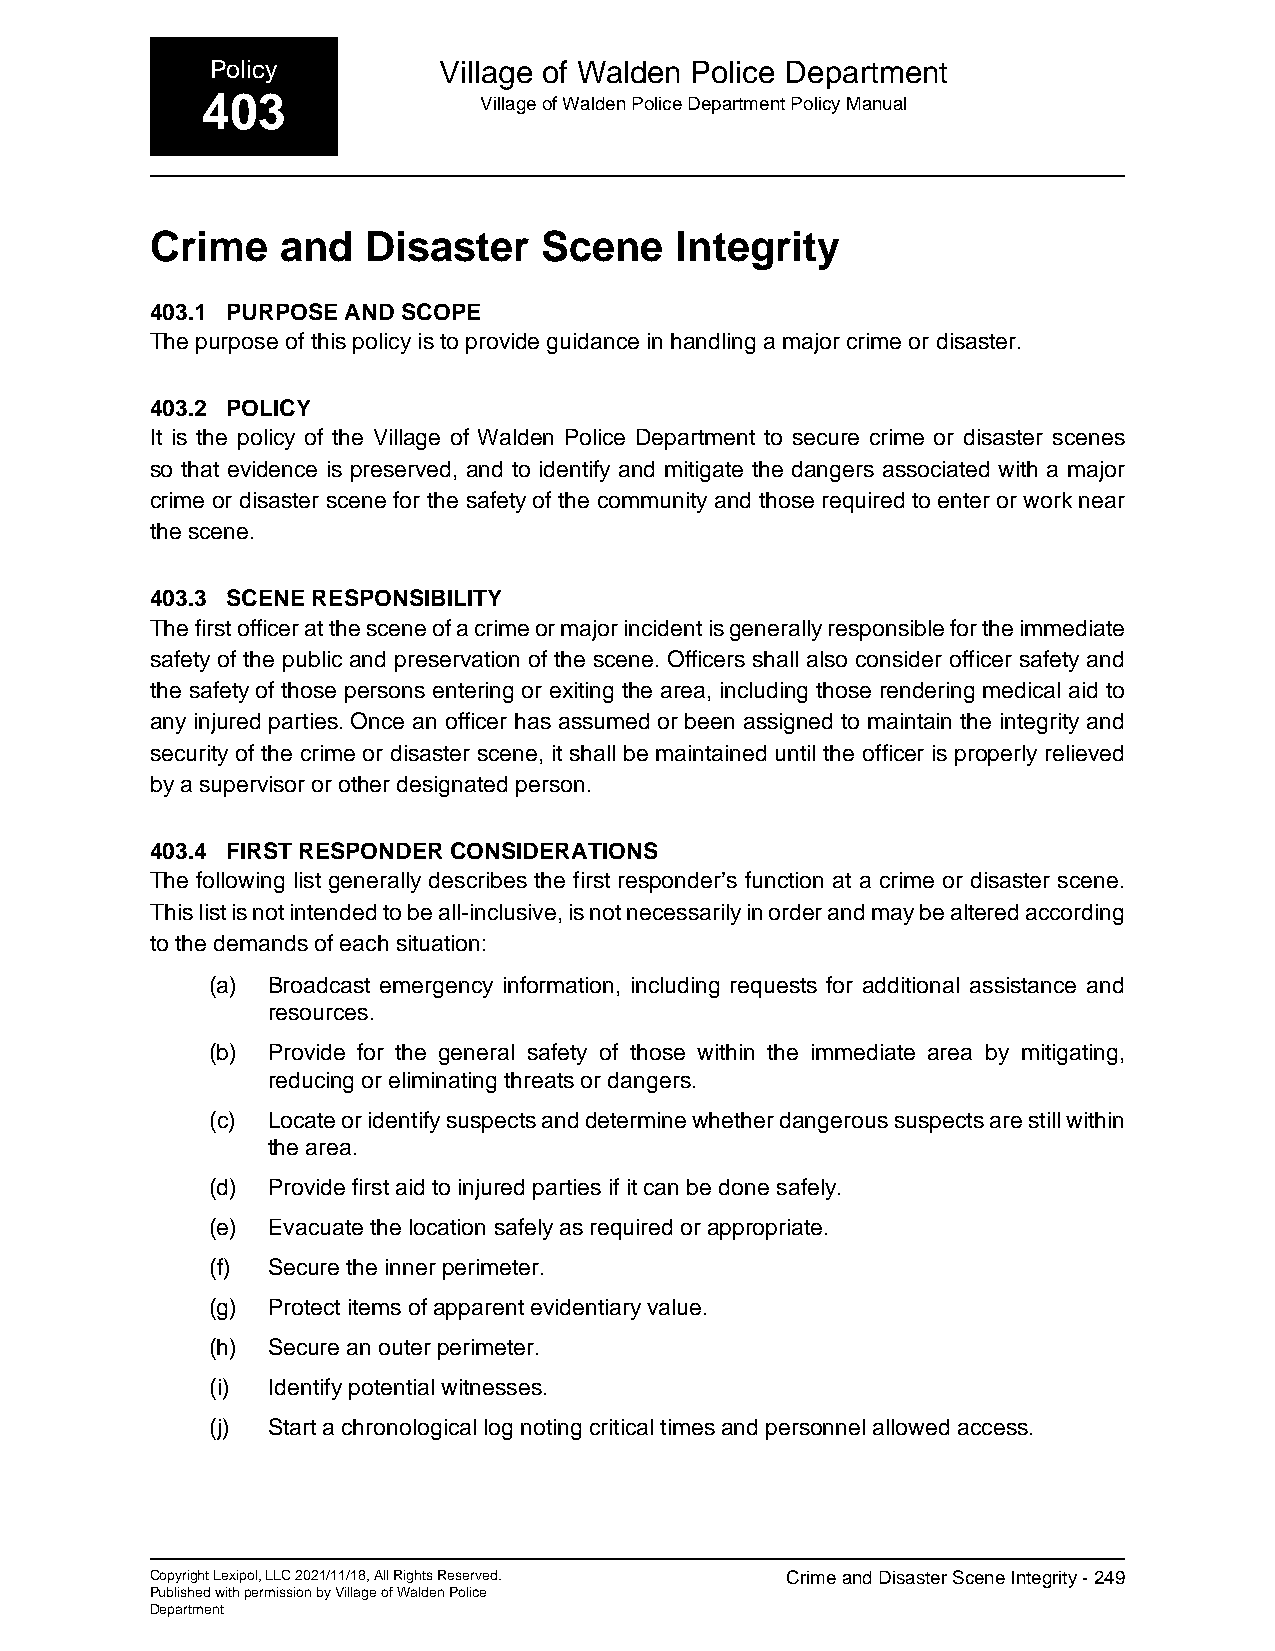
Policy         Village of Walden Police Department
 403                Village of Walden Police Department Policy Manual
 Crime    and  Disaster    Scene    Integrity
 403.1 PURPOSE AND SCOPE
 The purpose of this policy is to provide guidance in handling a major crime or disaster.
 403.2 POLICY
 It is the policy of the Village of Walden Police Department to secure crime or disaster scenes
 so that evidence is preserved, and to identify and mitigate the dangers associated with a major
 crime or disaster scene for the safety of the community and those required to enter or work near
 the scene.
 403.3 SCENE RESPONSIBILITY
 The first officer at the scene of a crime or major incident is generally responsible for the immediate
 safety of the public and preservation of the scene. Officers shall also consider officer safety and
 the safety of those persons entering or exiting the area, including those rendering medical aid to
 any injured parties. Once an officer has assumed or been assigned to maintain the integrity and
 security of the crime or disaster scene, it shall be maintained until the officer is properly relieved
 by a supervisor or other designated person.
 403.4 FIRST RESPONDER CONSIDERATIONS
 The following list generally describes the first responder’s function at a crime or disaster scene.
 This list is not intended to be all-inclusive, is not necessarily in order and may be altered according
 to the demands of each situation:
 (a) Broadcast emergency information, including requests for additional assistance and
 resources.
 (b) Provide for the general safety of those within the immediate area by mitigating,
 reducing or eliminating threats or dangers.
 (c) Locate or identify suspects and determine whether dangerous suspects are still within
 the area.
 (d) Provide first aid to injured parties if it can be done safely.
 (e) Evacuate the location safely as required or appropriate.
 (f) Secure the inner perimeter.
 (g) Protect items of apparent evidentiary value.
 (h) Secure an outer perimeter.
 (i) Identify potential witnesses.
 (j) Start a chronological log noting critical times and personnel allowed access.
 Copyright Lexipol, LLC 2021/11/18, All Rights Reserved. Crime and Disaster Scene Integrity - 249
 Published with permission by Village of Walden Police
 Department